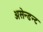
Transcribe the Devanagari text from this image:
असेन्डन्ट